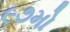
૯૭મો